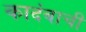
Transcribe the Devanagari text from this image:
कादंबाची